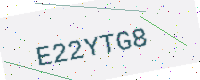
Text: E22YTG8